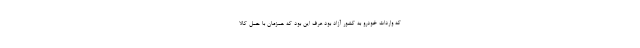
که واردات خودرو به کشور آزاد بود عرف این بود که همزمان با حمل کالا